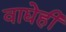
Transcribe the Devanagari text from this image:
वाद्येही